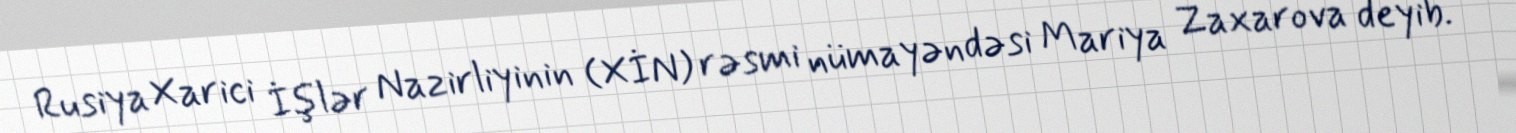
Rusiya Xarici İşlər Nazirliyinin (XİN) rəsmi nümayəndəsi Mariya Zaxarova deyib.